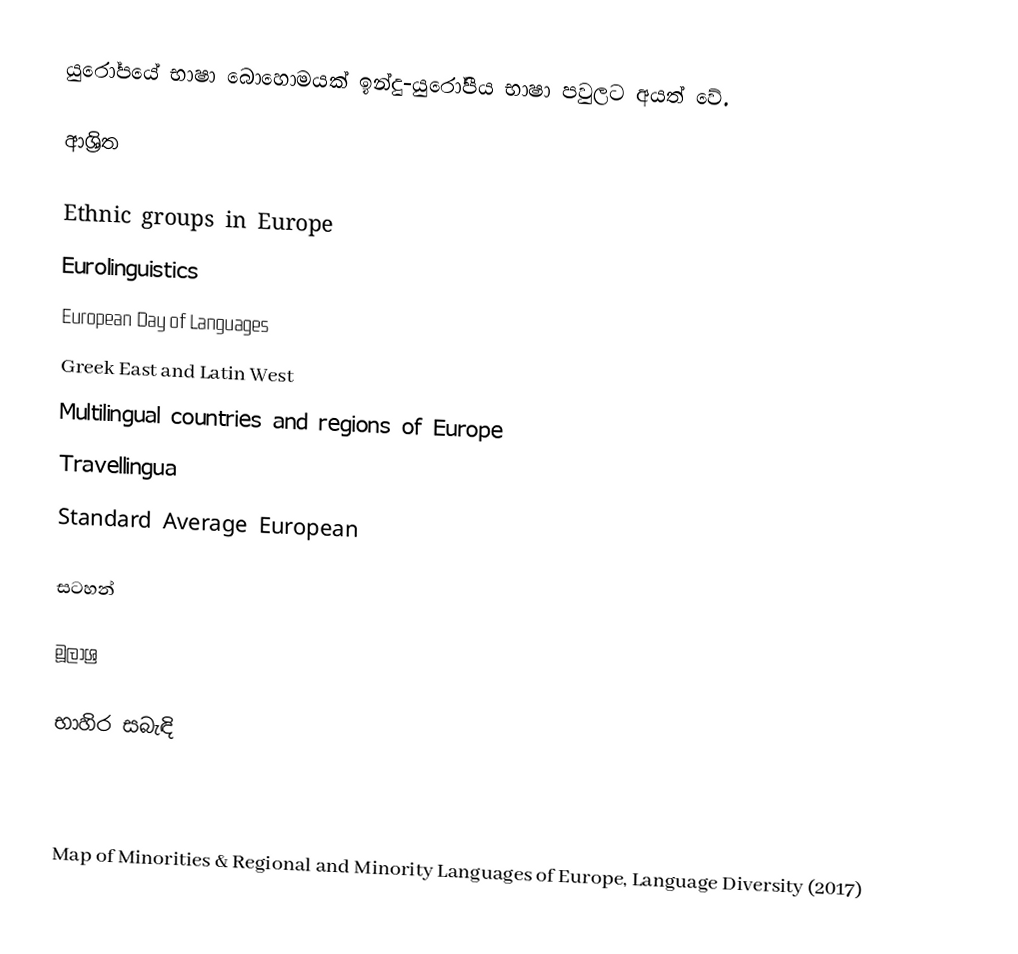
යුරෝපයේ භාෂා බොහොමයක් ඉන්දු-යුරෝපීය භාෂා පවුලට අයත් වේ.

ආශ්‍රිත

 Ethnic groups in Europe
 Eurolinguistics
 European Day of Languages
 Greek East and Latin West
 Multilingual countries and regions of Europe
 Travellingua
 Standard Average European

සටහන්

මූලාශ්‍ර

භාහිර සබැඳි

 Map of Minorities & Regional and Minority Languages of Europe, Language Diversity (2017)